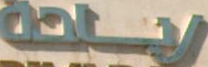
زيادة